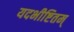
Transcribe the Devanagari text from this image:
यदभीष्टितम्